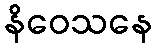
နိဝေသနေ